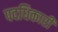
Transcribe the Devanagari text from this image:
पदधिकारी